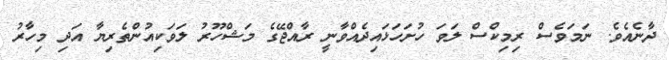
ދާނެއެވެ. ނަމަވެސް ރިމިކްސް ލަވަ ހުށަހަޅައިދެއްވާނީ ރާއްޖޭގެ މަޝްހޫރު ލަވަކިއުންތެރިޔާ އަދި މިހާރު